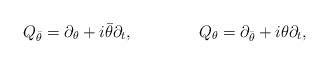
LaTeX: \begin{align*}Q_{\bar{\theta }}=\partial _{\theta }+i\bar{\theta }\partial _{t},\qquad\qquad Q_{\theta }=\partial _{\bar{\theta }}+i\theta \partial _{t},\end{align*}